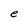
Character: e